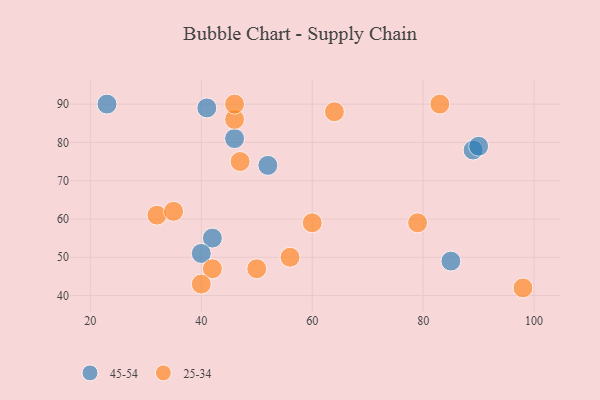
{"axis": {"x": "GDP", "y": "Life Expectancy"}, "legend": ["25-34", "45-54"], "data": [{"x": "46", "y": 81, "type": "45-54"}, {"x": "23", "y": 90, "type": "45-54"}, {"x": "85", "y": 49, "type": "45-54"}, {"x": "42", "y": 55, "type": "45-54"}, {"x": "40", "y": 51, "type": "45-54"}, {"x": "89", "y": 78, "type": "45-54"}, {"x": "41", "y": 89, "type": "45-54"}, {"x": "52", "y": 74, "type": "45-54"}, {"x": "90", "y": 79, "type": "45-54"}, {"x": "47", "y": 75, "type": "25-34"}, {"x": "42", "y": 47, "type": "25-34"}, {"x": "60", "y": 59, "type": "25-34"}, {"x": "46", "y": 86, "type": "25-34"}, {"x": "98", "y": 42, "type": "25-34"}, {"x": "46", "y": 90, "type": "25-34"}, {"x": "50", "y": 47, "type": "25-34"}, {"x": "64", "y": 88, "type": "25-34"}, {"x": "40", "y": 43, "type": "25-34"}, {"x": "83", "y": 90, "type": "25-34"}, {"x": "79", "y": 59, "type": "25-34"}, {"x": "32", "y": 61, "type": "25-34"}, {"x": "35", "y": 62, "type": "25-34"}, {"x": "56", "y": 50, "type": "25-34"}]}